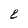
Character: 8